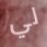
لي